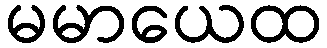
မမာယေထ